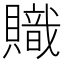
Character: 𧸉